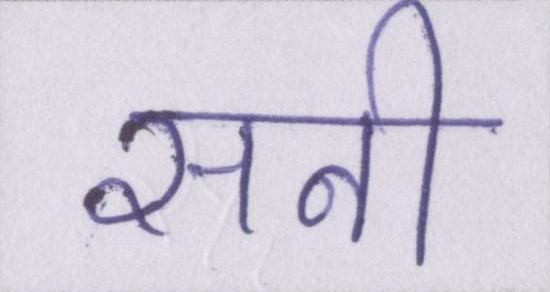
सनी